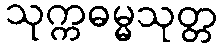
သုက္ကဓမ္မသုတ္တ